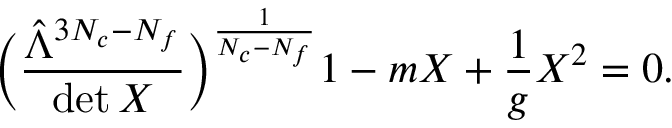
\biggl ( \frac { \hat { \Lambda } ^ { 3 N _ { c } - N _ { f } } } { \operatorname * { d e t } X } \biggr ) ^ { \frac { 1 } { N _ { c } - N _ { f } } } 1 - m X + \frac { 1 } { g } X ^ { 2 } = 0 .